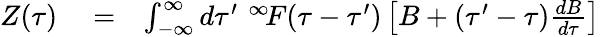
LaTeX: \begin{array}{rlr}{Z(\tau)}&{{}=}&{\int_{-\infty}^{\infty}d\tau^{\prime}\, \, ^{\infty}\! F(\tau-\tau^{\prime})\left[B+(\tau^{\prime}-\tau)\frac{dB}{d\tau}\right]}\end{array}